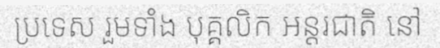
ប្រទេស រួមទាំង បុគ្គលិក អន្តរជាតិ នៅ